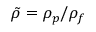
{ \tilde { \rho } } = \rho _ { p } / \rho _ { f }